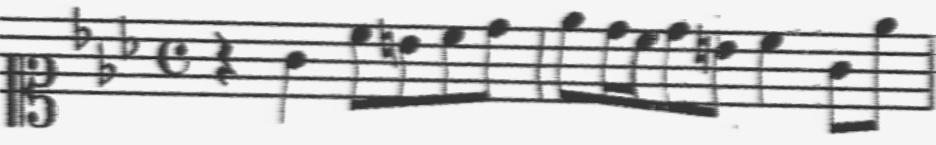
Transcription: clef-C1 keySignature-EbM timeSignature-C rest-quarter note-G4_quarter note-C5_eighth note-B4_eighth note-C5_eighth note-D5_eighth barline note-Eb5_eighth note-D5_sixteenth note-C5_sixteenth note-D5_eighth note-B4_eighth note-C5_quarter note-G4_eighth note-Eb5_eighth barline